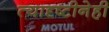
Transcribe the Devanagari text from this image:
त्यादृष्टीनेही